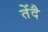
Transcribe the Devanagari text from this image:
तेंदै